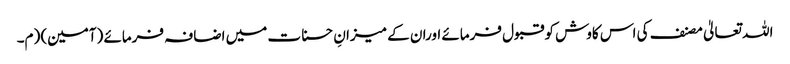
اللہ تعالیٰ مصنف کی اس کاوش کوقبول فرمائے اوران کے میزانِ حسنات میں اضافہ فرمائے (آمین) (م۔